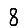
Digit: 8